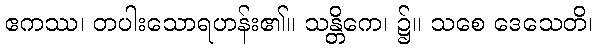
ဧကဿ၊ တပါးသောရဟန်း၏။ သန္တိကေ၊ ၌။ သစေ ဒေသေတိ၊